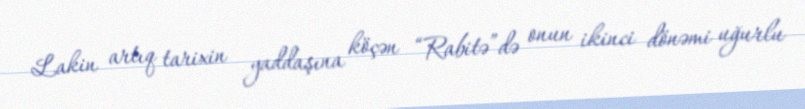
Lakin artıq tarixin yaddaşına köçən “Rabitə”də onun ikinci dönəmi uğurlu